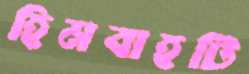
হিমবাহটি